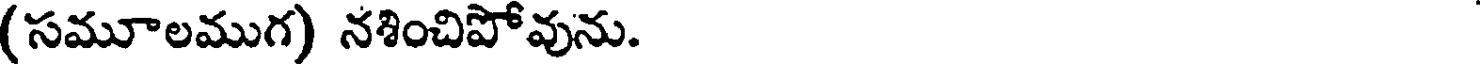
(సమూలముగ) నశించిపోవును.